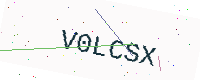
Text: V0LCSX